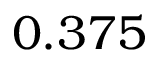
0 . 3 7 5